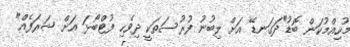
މުހިއްމުކަން ބޮޑު"ދަގަނޑޭ އަށް ލިބުނު ފުރުސަތަކީ ދިވެހި ފުޓްބޯޅަ އަށް ޝަރަފެއް"